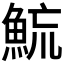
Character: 𩶶